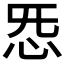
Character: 𫹲